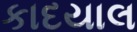
કાદયાલ